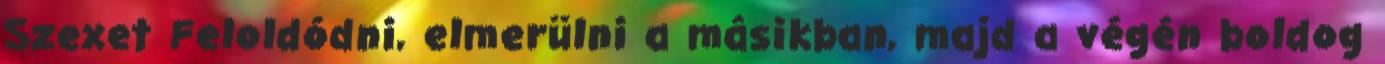
Szexet Feloldódni, elmerülni a másikban, majd a végén boldog